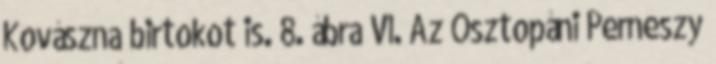
Kovászna birtokot is. 8. ábra VI. Az Osztopáni Perneszy